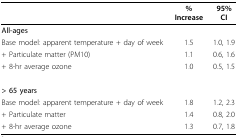
<table><thead><tr><td></td><td><b>% Increase</b></td><td><b>95% CI</b></td></tr></thead><tbody><tr><td><b>All-ages</b></td><td></td><td></td></tr><tr><td>Base model: apparent temperature + day of week</td><td>1.5</td><td>1.0, 1.9</td></tr><tr><td>+ Particulate matter (PM10)</td><td>1.1</td><td>0.6, 1.6</td></tr><tr><td>+ 8-hr average ozone</td><td>1.0</td><td>0.5, 1.5</td></tr><tr><td><b>&gt; 65 years</b></td><td></td><td></td></tr><tr><td>Base model: apparent temperature + day of week</td><td>1.8</td><td>1.2, 2.3</td></tr><tr><td>+ Particulate matter</td><td>1.4</td><td>0.8, 2.0</td></tr><tr><td>+ 8-hr average ozone</td><td>1.3</td><td>0.7, 1.8</td></tr></tbody></table>